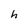
Character: h